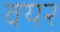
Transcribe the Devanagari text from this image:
वयर